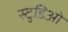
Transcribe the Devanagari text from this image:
स्टुडिओ